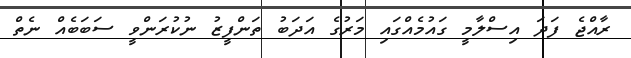
ރާއްޖެ ފަދަ އިސްލާމީ ގައުމެއްގައި މަރުގެ އަދަބު ތަންފީޒު ނުކުރަންވީ ސަބަބެއް ނެތް